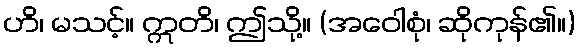
ဟိ၊ မသင့်။ ဣတိ၊ ဤသို့။ (အဝေါစုံ၊ ဆိုကုန်၏။)